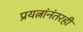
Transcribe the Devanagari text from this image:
प्रयत्नांनंतरही